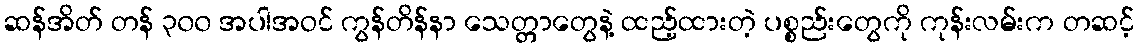
ဆန်အိတ် တန် ၃၀၀ အပါအဝင် ကွန်တိန်နာ သေတ္တာတွေနဲ့ ထည့်ထားတဲ့ ပစ္စည်းတွေကို ကုန်းလမ်းက တဆင့်